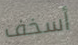
أسخف